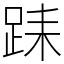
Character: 𨀤